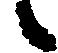
候